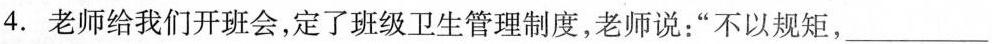
4. 老师给我们开班会，定了班级卫生管理制度，老师说：“不以规矩，___